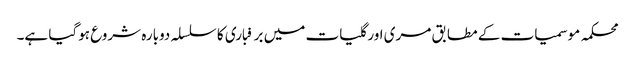
محکمہ موسمیات کے مطابق مری اور گلیات میں برفباری کا سلسلہ دوبارہ شروع ہوگیا ہے۔